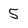
Character: 5